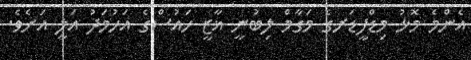
އެންމެ މޮޅު މިޑްފީޑަރގެ މަގާމް ލިބުނީ ޣާޒީ ހައުސްގެ އަހުމަދު އަލީ އަށެވެ.